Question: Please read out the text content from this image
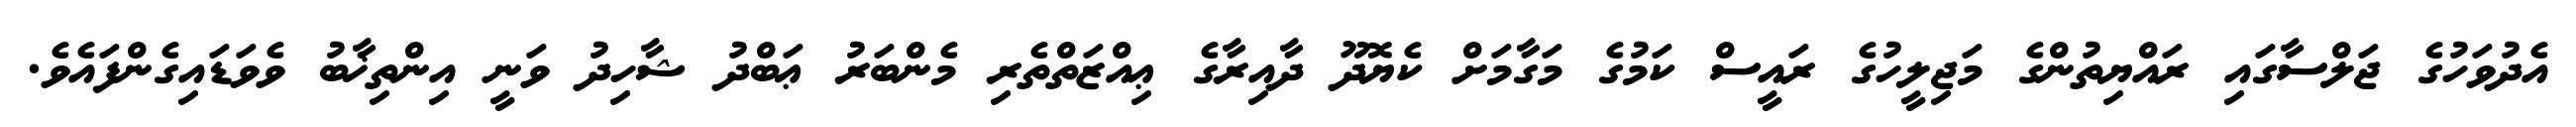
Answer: އެދުވަހުގެ ޖަލްސާގައި ރައްޔިތުންގެ މަޖިލީހުގެ ރައީސް ކަމުގެ މަގާމަށް ކެޔޮދޫ ދާއިރާގެ ޢިއްޒަތްތެރި މެންބަރު ޢަބްދު ޝާހިދު ވަނީ އިންތިޚާބު ވެވަޑައިގެންފައެވެ.